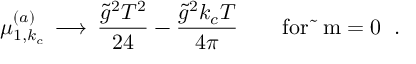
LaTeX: \mu _ { 1 , k _ { c } } ^ { ( a ) } \, \longrightarrow \, { \frac { \tilde { g } ^ { 2 } T ^ { 2 } } { 2 4 } } - { \frac { \tilde { g } ^ { 2 } k _ { c } T } { 4 \pi } } \qquad \mathrm { f o r ~ \tilde { ~ } m = 0 ~ } \; .